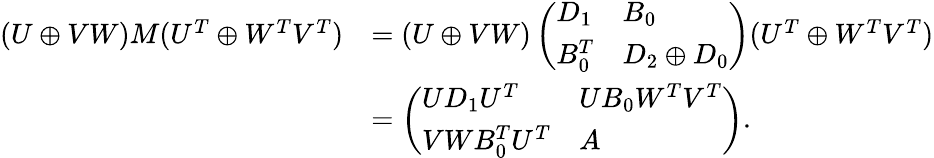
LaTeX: \begin{array}{rl}{(U\oplus VW)M(U^{T}\oplus W^{T}V^{T})}&{=(U\oplus VW)\left(\begin{array}{ll}{D_{1}}&{B_{0}}\\ {B_{0}^{T}}&{D_{2}\oplus D_{0}}\end{array}\right)(U^{T}\oplus W^{T}V^{T})}\\ &{=\left(\begin{array}{ll}{UD_{1}U^{T}}&{UB_{0}W^{T}V^{T}}\\ {VWB_{0}^{T}U^{T}}&{A}\end{array}\right).}\end{array}